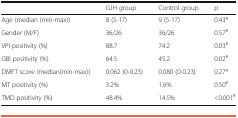
<table><thead><tr><td></td><td><b>GJH group</b></td><td><b>Control group</b></td><td><b>p</b></td></tr></thead><tbody><tr><td>Age (median (min-max))</td><td>8 (5-17)</td><td>9 (5-17)</td><td>0.43*</td></tr><tr><td>Gender (M/F)</td><td>36/26</td><td>36/26</td><td>0.57<sup>#</sup></td></tr><tr><td>VPI positivity (%)</td><td>88.7</td><td>74.2</td><td>0.03<sup>#</sup></td></tr><tr><td>GBI positivity (%)</td><td>64.5</td><td>45.2</td><td>0.02<sup>#</sup></td></tr><tr><td>DMFT score (median(min-max))</td><td>0.062 (0-0.23)</td><td>0.080 (0-0.23)</td><td>0.27*</td></tr><tr><td>MT positivity (%)</td><td>3.2%</td><td>1.6%</td><td>0.50<sup>#</sup></td></tr><tr><td>TMD positivity (%)</td><td>48.4%</td><td>14.5%</td><td>&lt;0.001<sup>#</sup></td></tr></tbody></table>